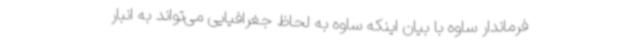
فرماندار ساوه با بیان اینکه ساوه به لحاظ جغرافیایی می‌تواند به انبار